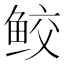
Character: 鲛